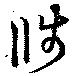
牋